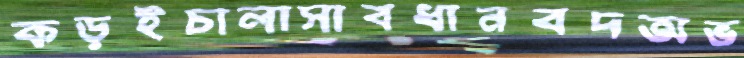
কড়ইচালাসাবধানবদঅভ